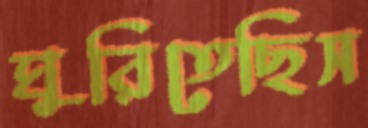
ঘুরিতেছিস